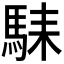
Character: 𱄛